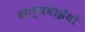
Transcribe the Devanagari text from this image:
कार्यवाईयों